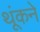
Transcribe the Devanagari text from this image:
थूंकने